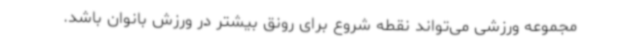
مجموعه ورزشی می‌تواند نقطه شروع برای رونق بیشتر در ورزش بانوان باشد.